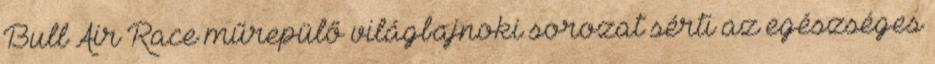
Bull Air Race műrepülő világbajnoki sorozat sérti az egészséges